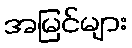
အမြင်များ